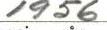
1956